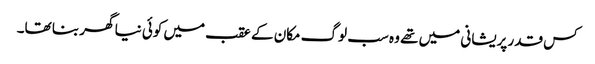
کس قدر پریشانی میں تھے وہ سب لوگ مکان کے عقب میں کوئی نیا گھر بنا تھا۔